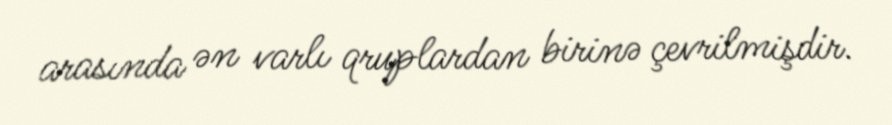
arasında ən varlı qruplardan birinə çevrilmişdir.